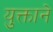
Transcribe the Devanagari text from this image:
युक्ताने